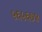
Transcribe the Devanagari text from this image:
५६५६७४